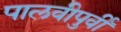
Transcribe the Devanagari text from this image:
पालवीपुर्वी